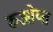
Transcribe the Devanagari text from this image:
रुओय्त